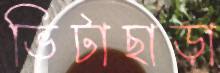
ভিটাছাড়া